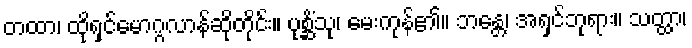
တထာ၊ ထိုရှင်မောဂ္ဂလာန်ဆိုတိုင်း။ ပုစ္ဆိံသု၊ မေးကုန်၏။ ဘန္တေ၊ အရှင်ဘုရား။ သတ္ထာ၊